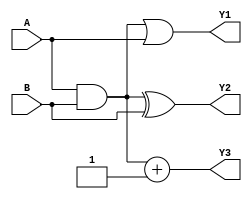
module CombLogicBlock (
    input  wire [3:0] A,       // Input signals (4-bit)
    input  wire [3:0] B,       // Input signals (4-bit)
    output wire [3:0] Y1,      // Output signals
    output wire [3:0] Y2,
    output wire [3:0] Y3
);

// Common logic path (shared logic)
wire [3:0] common_logic;

// Compute common logic that can be shared
assign common_logic = A & B; // Example of common logic (AND operation)

// Output logic utilizing shared common logic
assign Y1 = common_logic | A; // Example output logic
assign Y2 = common_logic ^ B;  // Example output logic
assign Y3 = common_logic + 4'b0001; // Example output logic

endmodule